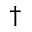
\dagger